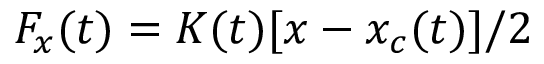
F _ { x } ( t ) = K ( t ) [ x - x _ { c } ( t ) ] / 2